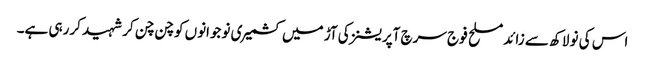
اس کی نو لاکھ سے زائد مسلح فوج سرچ آپریشنز کی آڑ میں کشمیری نوجوانوں کو چن چن کر شہید کررہی ہے۔